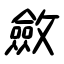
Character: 斂